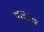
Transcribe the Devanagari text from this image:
वलनक